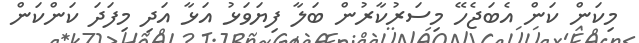
މިކަން ކަން އެބަޖެހޭ މިސަރުކާރުން ބަލާ ފިޔަވަޅު އަޅާ އަދި މިފަދަ ކަންކަން